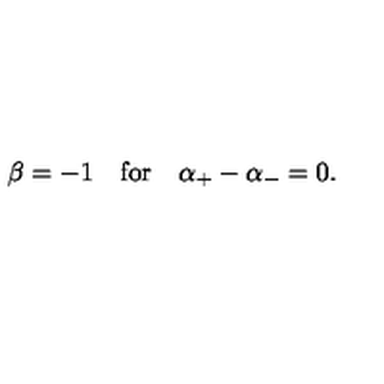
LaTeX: \beta = - 1 \quad \mathrm { f o r } \quad \alpha _ { + } - \alpha _ { - } = 0 .